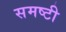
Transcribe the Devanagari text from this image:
समष्टी